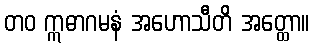
တဝ ဣဓာဂမနံ အဟောသီတိ အတ္ထော။